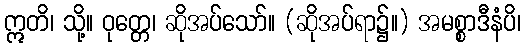
ဣတိ၊ သို့။ ဝုတ္တေ၊ ဆိုအပ်သော်။ (ဆိုအပ်ရာ၌။) အမစ္စာဒီနံပိ၊